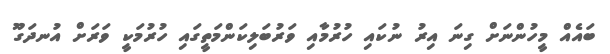
ބައެއް މީހުންނަށް ގިނަ އިރު ނުކައި ހުރުމާއި ވަރުބަލިކަންމަތީގައި ހުރުމަކީ ވަރަށް އުނދަގޫ